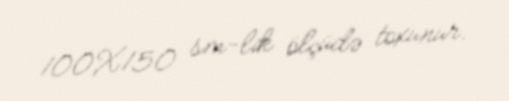
100X150 sm-lik ölçüdə toxunur.